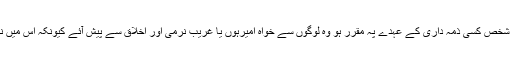
……چاہئے کہ نرمی اور پیار سے کام کیا جائے اور چاہئے کہ جو شخص کسی ذمہ داری کے عہدے پہ مقرر ہو وہ لوگوں سے خواہ امیرہوں یا غریب نرمی اور اخلاق سے پیش آئے کیونکہ اس میں نہ صرف ان لوگوں کی بہتری ہے بلکہ خود اس کی بھی بہتری ہے‘‘۔